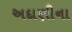
અદાણીના